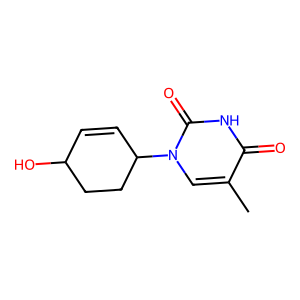
SMILES: Cc1cn(C2C=CC(O)CC2)c(=O)[nH]c1=O
Inhibits HIV replication: No